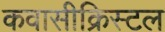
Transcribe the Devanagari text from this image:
कवासीक्रिस्टल